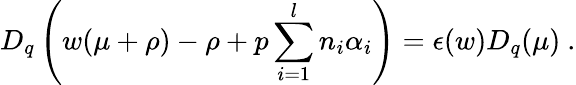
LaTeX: D_{q}\left(w(\mu+\rho)-\rho+p\sum_{i=1}^{l}n_{i}\alpha_{i}\right)=\epsilon(w)D_{q}(\mu)~.